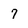
Character: 7